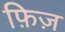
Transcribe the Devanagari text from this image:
फ़िज़